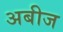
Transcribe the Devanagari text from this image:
अबीज